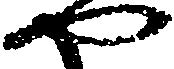
や